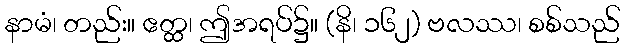
နာမံ၊ တည်း။ ဧတ္ထ၊ ဤအရပ်၌။ (နိ၊ ၁၆၂) ဗလဿ၊ စစ်သည်